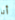
أنا